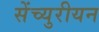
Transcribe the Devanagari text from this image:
सेंच्युरीयन